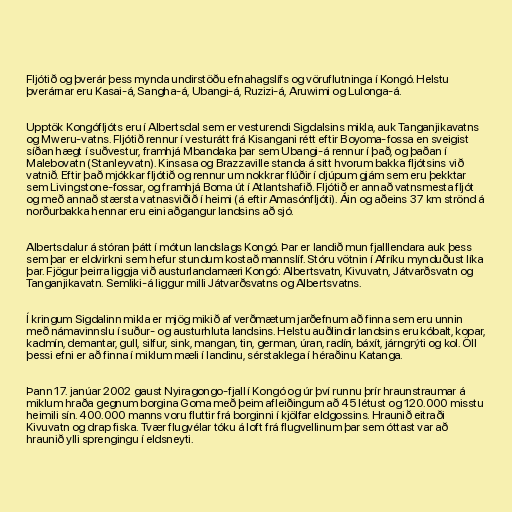
Fljótið og þverár þess mynda undirstöðu efnahagslífs og vöruflutninga í Kongó. Helstu
þverárnar eru Kasai-á, Sangha-á, Ubangi-á, Ruzizi-á, Aruwimi og Lulonga-á.

Upptök Kongófljóts eru í Albertsdal sem er vesturendi Sigdalsins mikla, auk Tanganjikavatns
og Mweru-vatns. Fljótið rennur í vesturátt frá Kisangani rétt eftir Boyoma-fossa en sveigist
síðan hægt í suðvestur, framhjá Mbandaka þar sem Ubangi-á rennur í það, og þaðan í
Malebovatn (Stanleyvatn). Kinsasa og Brazzaville standa á sitt hvorum bakka fljótsins við
vatnið. Eftir það mjókkar fljótið og rennur um nokkrar flúðir í djúpum gjám sem eru þekktar
sem Livingstone-fossar, og framhjá Boma út í Atlantshafið. Fljótið er annað vatnsmesta fljót
og með annað stærsta vatnasviðið í heimi (á eftir Amasónfljóti). Áin og aðeins 37 km strönd á
norðurbakka hennar eru eini aðgangur landsins að sjó.

Albertsdalur á stóran þátt í mótun landslags Kongó. Þar er landið mun fjalllendara auk þess
sem þar er eldvirkni sem hefur stundum kostað mannslíf. Stóru vötnin í Afríku mynduðust líka
þar. Fjögur þeirra liggja við austurlandamæri Kongó: Albertsvatn, Kivuvatn, Játvarðsvatn og
Tanganjikavatn. Semliki-á liggur milli Játvarðsvatns og Albertsvatns.

Í kringum Sigdalinn mikla er mjög mikið af verðmætum jarðefnum að finna sem eru unnin
með námavinnslu í suður- og austurhluta landsins. Helstu auðlindir landsins eru kóbalt, kopar,
kadmín, demantar, gull, silfur, sink, mangan, tin, german, úran, radín, báxít, járngrýti og kol. Öll
þessi efni er að finna í miklum mæli í landinu, sérstaklega í héraðinu Katanga.

Þann 17. janúar 2002 gaust Nyiragongo-fjall í Kongó og úr því runnu þrír hraunstraumar á
miklum hraða gegnum borgina Goma með þeim afleiðingum að 45 létust og 120.000 misstu
heimili sín. 400.000 manns voru fluttir frá borginni í kjölfar eldgossins. Hraunið eitraði
Kivuvatn og drap fiska. Tvær flugvélar tóku á loft frá flugvellinum þar sem óttast var að
hraunið ylli sprengingu í eldsneyti.